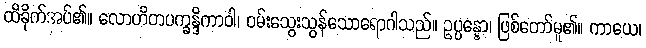
ထိခိုက်အပ်၏။ လောဟိတပက္ခန္ဒိကာဝါ၊ ဝမ်းသွေးသွန်သောရောဂါသည်။ ဥပ္ပန္နော၊ ဖြစ်တော်မူ၏။ ကာယေ၊